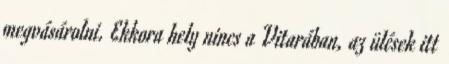
megvásárolni. Ekkora hely nincs a Vitarában, az ülések itt